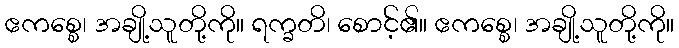
ဧကစ္စေ၊ အချို့သူတို့ကို။ ရက္ခတိ၊ စောင့်၏။ ဧကစ္စေ၊ အချို့သူတို့ကို။